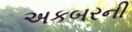
અકબરની